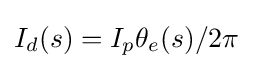
I_{d}(s)=I_{p}\theta _{e}(s)/2\pi